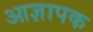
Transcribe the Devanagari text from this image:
आज्ञापक